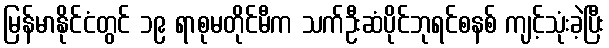
မြန်မာနိုင်ငံတွင် ၁၉ ရာစုမတိုင်မီက သက်ဦးဆံပိုင်ဘုရင်စနစ် ကျင့်သုံးခဲ့ပြီး